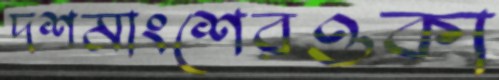
দশমাংশেরওকা